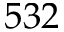
5 3 2